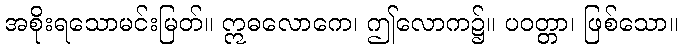
အစိုးရသောမင်းမြတ်။ ဣဓလောကေ၊ ဤလောက၌။ ပဝတ္တာ၊ ဖြစ်သော။